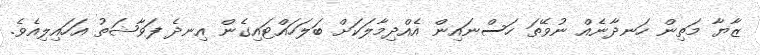
ޒާޔާ މަތިން ހަނދާނެއް ނުވޭތަ ހަސްނައިން އެއްދިމާލަކަށް ބަލަހައްޓައިގެން އިނދެ ފަވާޝަތު އަހައިލިއެވެ.